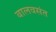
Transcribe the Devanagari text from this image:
बालवसंत